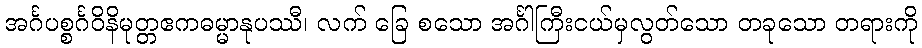
အင်္ဂပစ္စင်္ဂဝိနိမုတ္တဧကဓမ္မာနုပဿီ၊ လက် ခြေ စသော အင်္ဂါကြီးငယ်မှလွတ်သော တခုသော တရားကို